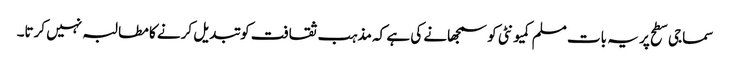
سماجی سطح پر یہ بات مسلم کمیونٹی کو سمجھانے کی ہے کہ مذہب ثقافت کو تبدیل کرنے کا مطالبہ نہیں کرتا۔